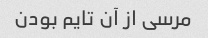
مرسی از آن تایم بودن